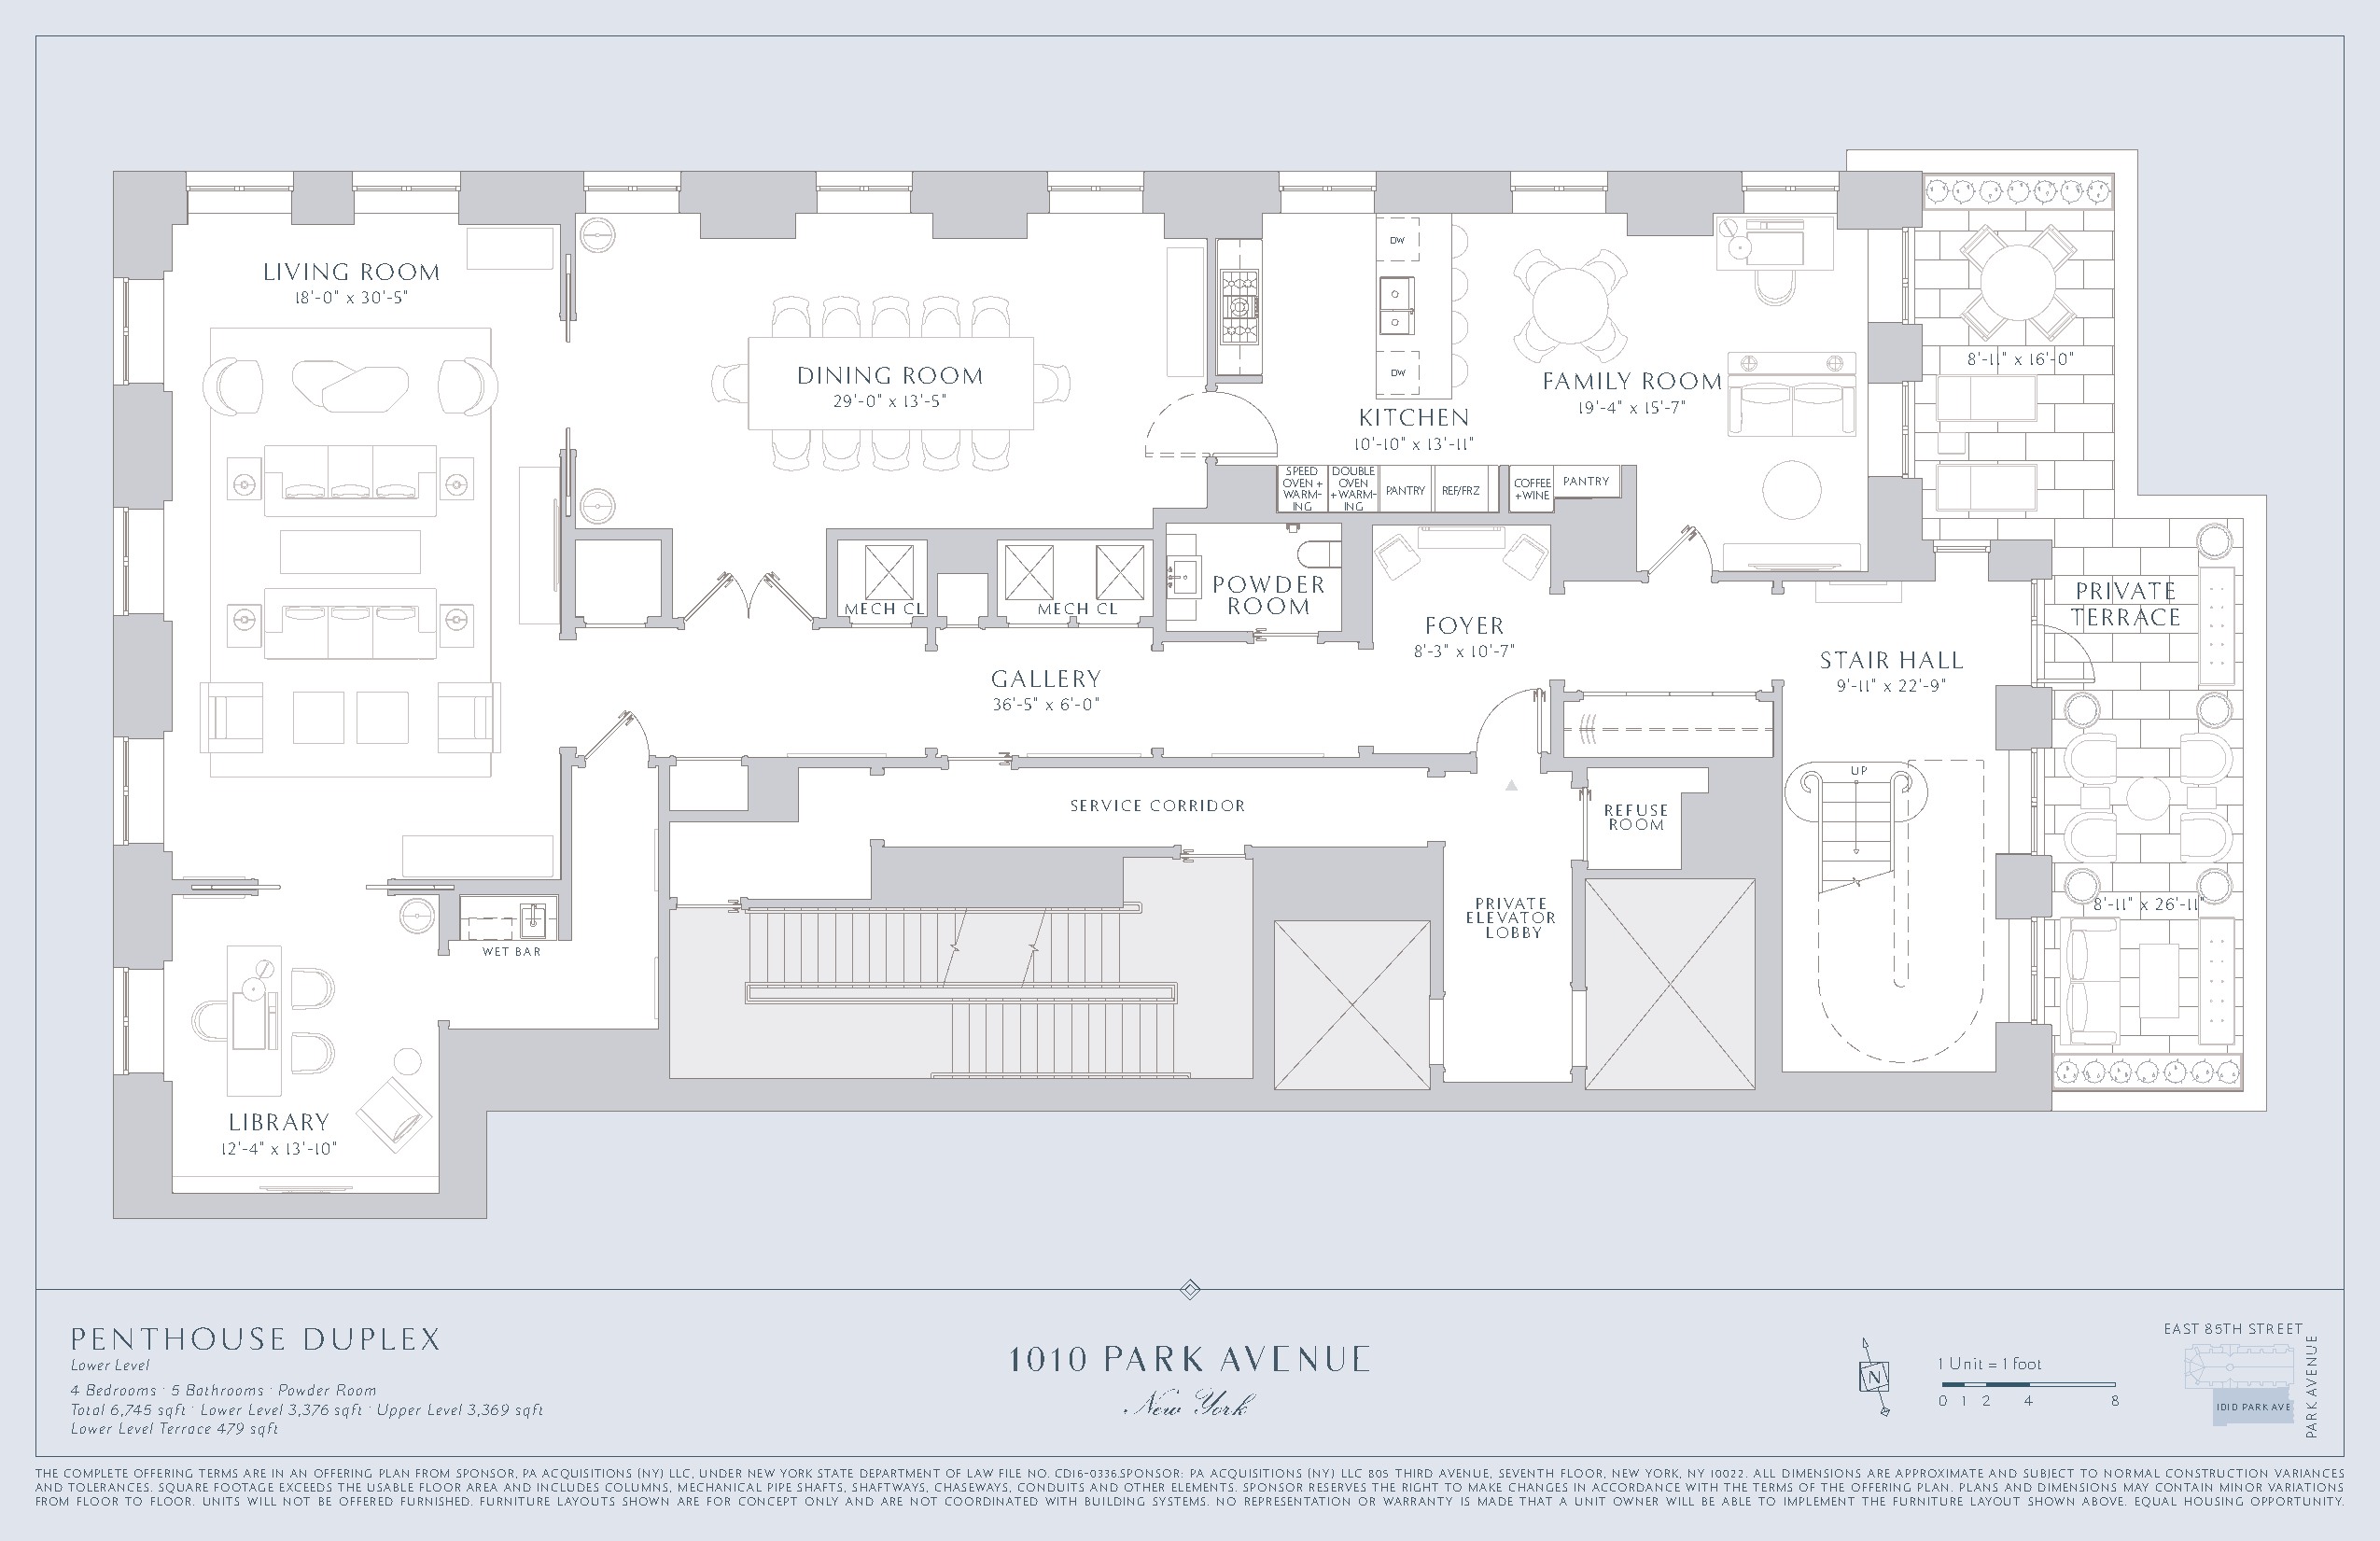
DW
 LIVING ROOM
 18'-0" x 30'-5"
 8'-11" x 16'-0"
 DINING ROOM                               DW        FAMILY ROOM
 29'-0" x 13'-5"
 19'-4" x 15'-7"
 KITCHEN
 10'-10" x 13'-11"
 SPEED DOUBLE
 OVEN + OVEN     COFFEE PANTRY
 WARM- + WARM- PANTRY REF/FRZ + WINE
 ING ING
 POWDER
 PRIVATE
 MECH CL       MECH CL      ROOM                                                        TERRACE
 FOYER
 8'-3" x 10'-7"
 STAIR HALL
 GALLERY
 9'-11" x 22'-9"
 36'-5" x 6'-0"
 UP
 SERVICE CORRIDOR                      REFUSE
 ROOM
 PRIVATE                                     8'-11" x 26'-11"
 ELEVATOR
 LOBBY
 WET BAR
 LIBRARY
 12'-4" x 13'-10"
 PENTHOUSE       DUPLEX                                                                                                                              EAST 85TH STREET
 Lower Level                                                                                                                         1 Unit = 1 foot
 .      .                                                                                                                 N
 4 Bedrooms 5 Bathrooms Powder Room
 .           .                                                                                                              0 1 2  4     8 Total 6,745 sqft Lower Level 3,376 sqft Upper Level 3,369 sqft 1010 PARK AVE
 Lower Level Terrace 479 sqft
 THE COMPLETE OFFERING TERMS ARE IN AN OFFERING PLAN FROM SPONSOR, PA ACQUISITIONS (NY) LLC, UNDER NEW YORK STATE DEPARTMENT OF LAW FILE NO. CD16-0336.SPONSOR: PA ACQUISITIONS (NY) LLC 805 THIRD AVENUE, SEVENTH FLOOR, NEW YORK, NY 10022. ALL DIMENSIONS ARE APPROXIMATE AND SUBJECT TO NORMAL CONSTRUCTION VARIANCES
 AND TOLERANCES. SQUARE FOOTAGE EXCEEDS THE USABLE FLOOR AREA AND INCLUDES COLUMNS, MECHANICAL PIPE SHAFTS, SHAFTWAYS, CHASEWAYS, CONDUITS AND OTHER ELEMENTS. SPONSOR RESERVES THE RIGHT TO MAKE CHANGES IN ACCORDANCE WITH THE TERMS OF THE OFFERING PLAN. PLANS AND DIMENSIONS MAY CONTAIN MINOR VARIATIONS
 FROM FLOOR TO FLOOR. UNITS WILL NOT BE OFFERED FURNISHED. FURNITURE LAYOUTS SHOWN ARE FOR CONCEPT ONLY AND ARE NOT COORDINATED WITH BUILDING SYSTEMS. NO REPRESENTATION OR WARRANTY IS MADE THAT A UNIT OWNER WILL BE ABLE TO IMPLEMENT THE FURNITURE LAYOUT SHOWN ABOVE. EQUAL HOUSING OPPORTUNITY.
 EUNEVA
 KRAP